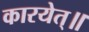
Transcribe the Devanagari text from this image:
कारयेत्॥